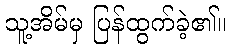
သူ့အိမ်မှ ပြန်ထွက်ခဲ့၏။